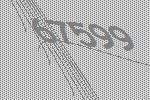
67599